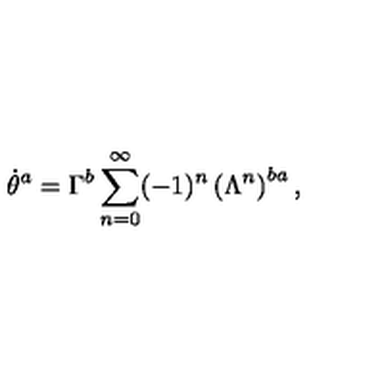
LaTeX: \dot { \theta } ^ { a } = \Gamma ^ { b } \sum _ { n = 0 } ^ { \infty } ( - 1 ) ^ { n } \left( \Lambda ^ { n } \right) ^ { b a } ,